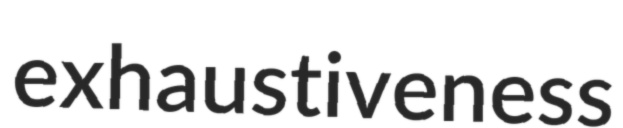
exhaustiveness